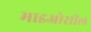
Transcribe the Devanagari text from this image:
माइओसील